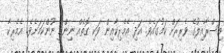
އިސްރާއިލުގެ ވެރިރަށް ކަމުގައެވެ. އަދި އެމެރިކާއިން ވަކި ގޮތެއް ނިންމީ ނޫންކަމަށެވެ. އެމެރިކާ